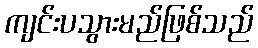
ကျင်းပသွားမည်ဖြစ်သည်